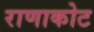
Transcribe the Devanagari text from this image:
राणाकोट